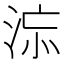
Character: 𣵅